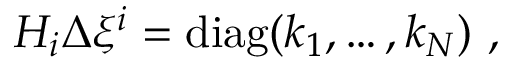
H _ { i } \Delta \xi ^ { i } = \mathrm { d i a g } ( k _ { 1 } , \ldots , k _ { N } ) ~ ,